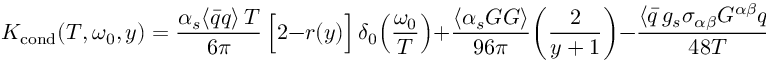
K _ { \mathrm { c o n d } } ( T , \omega _ { 0 } , y ) = { \frac { \alpha _ { s } \langle \bar { q } q \rangle \, T } { 6 \pi } } \, \Big [ 2 - r ( y ) \Big ] \, \delta _ { 0 } \Big ( { \frac { \omega _ { 0 } } { T } } \Big ) + { \frac { \langle \alpha _ { s } G G \rangle } { 9 6 \pi } } \bigg ( { \frac { 2 } { y + 1 } } \bigg ) - { \frac { \langle \bar { q } \, g _ { s } \sigma _ { \alpha \beta } G ^ { \alpha \beta } q \rangle } { 4 8 T } } \, ,